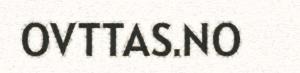
OVTTAS.NO